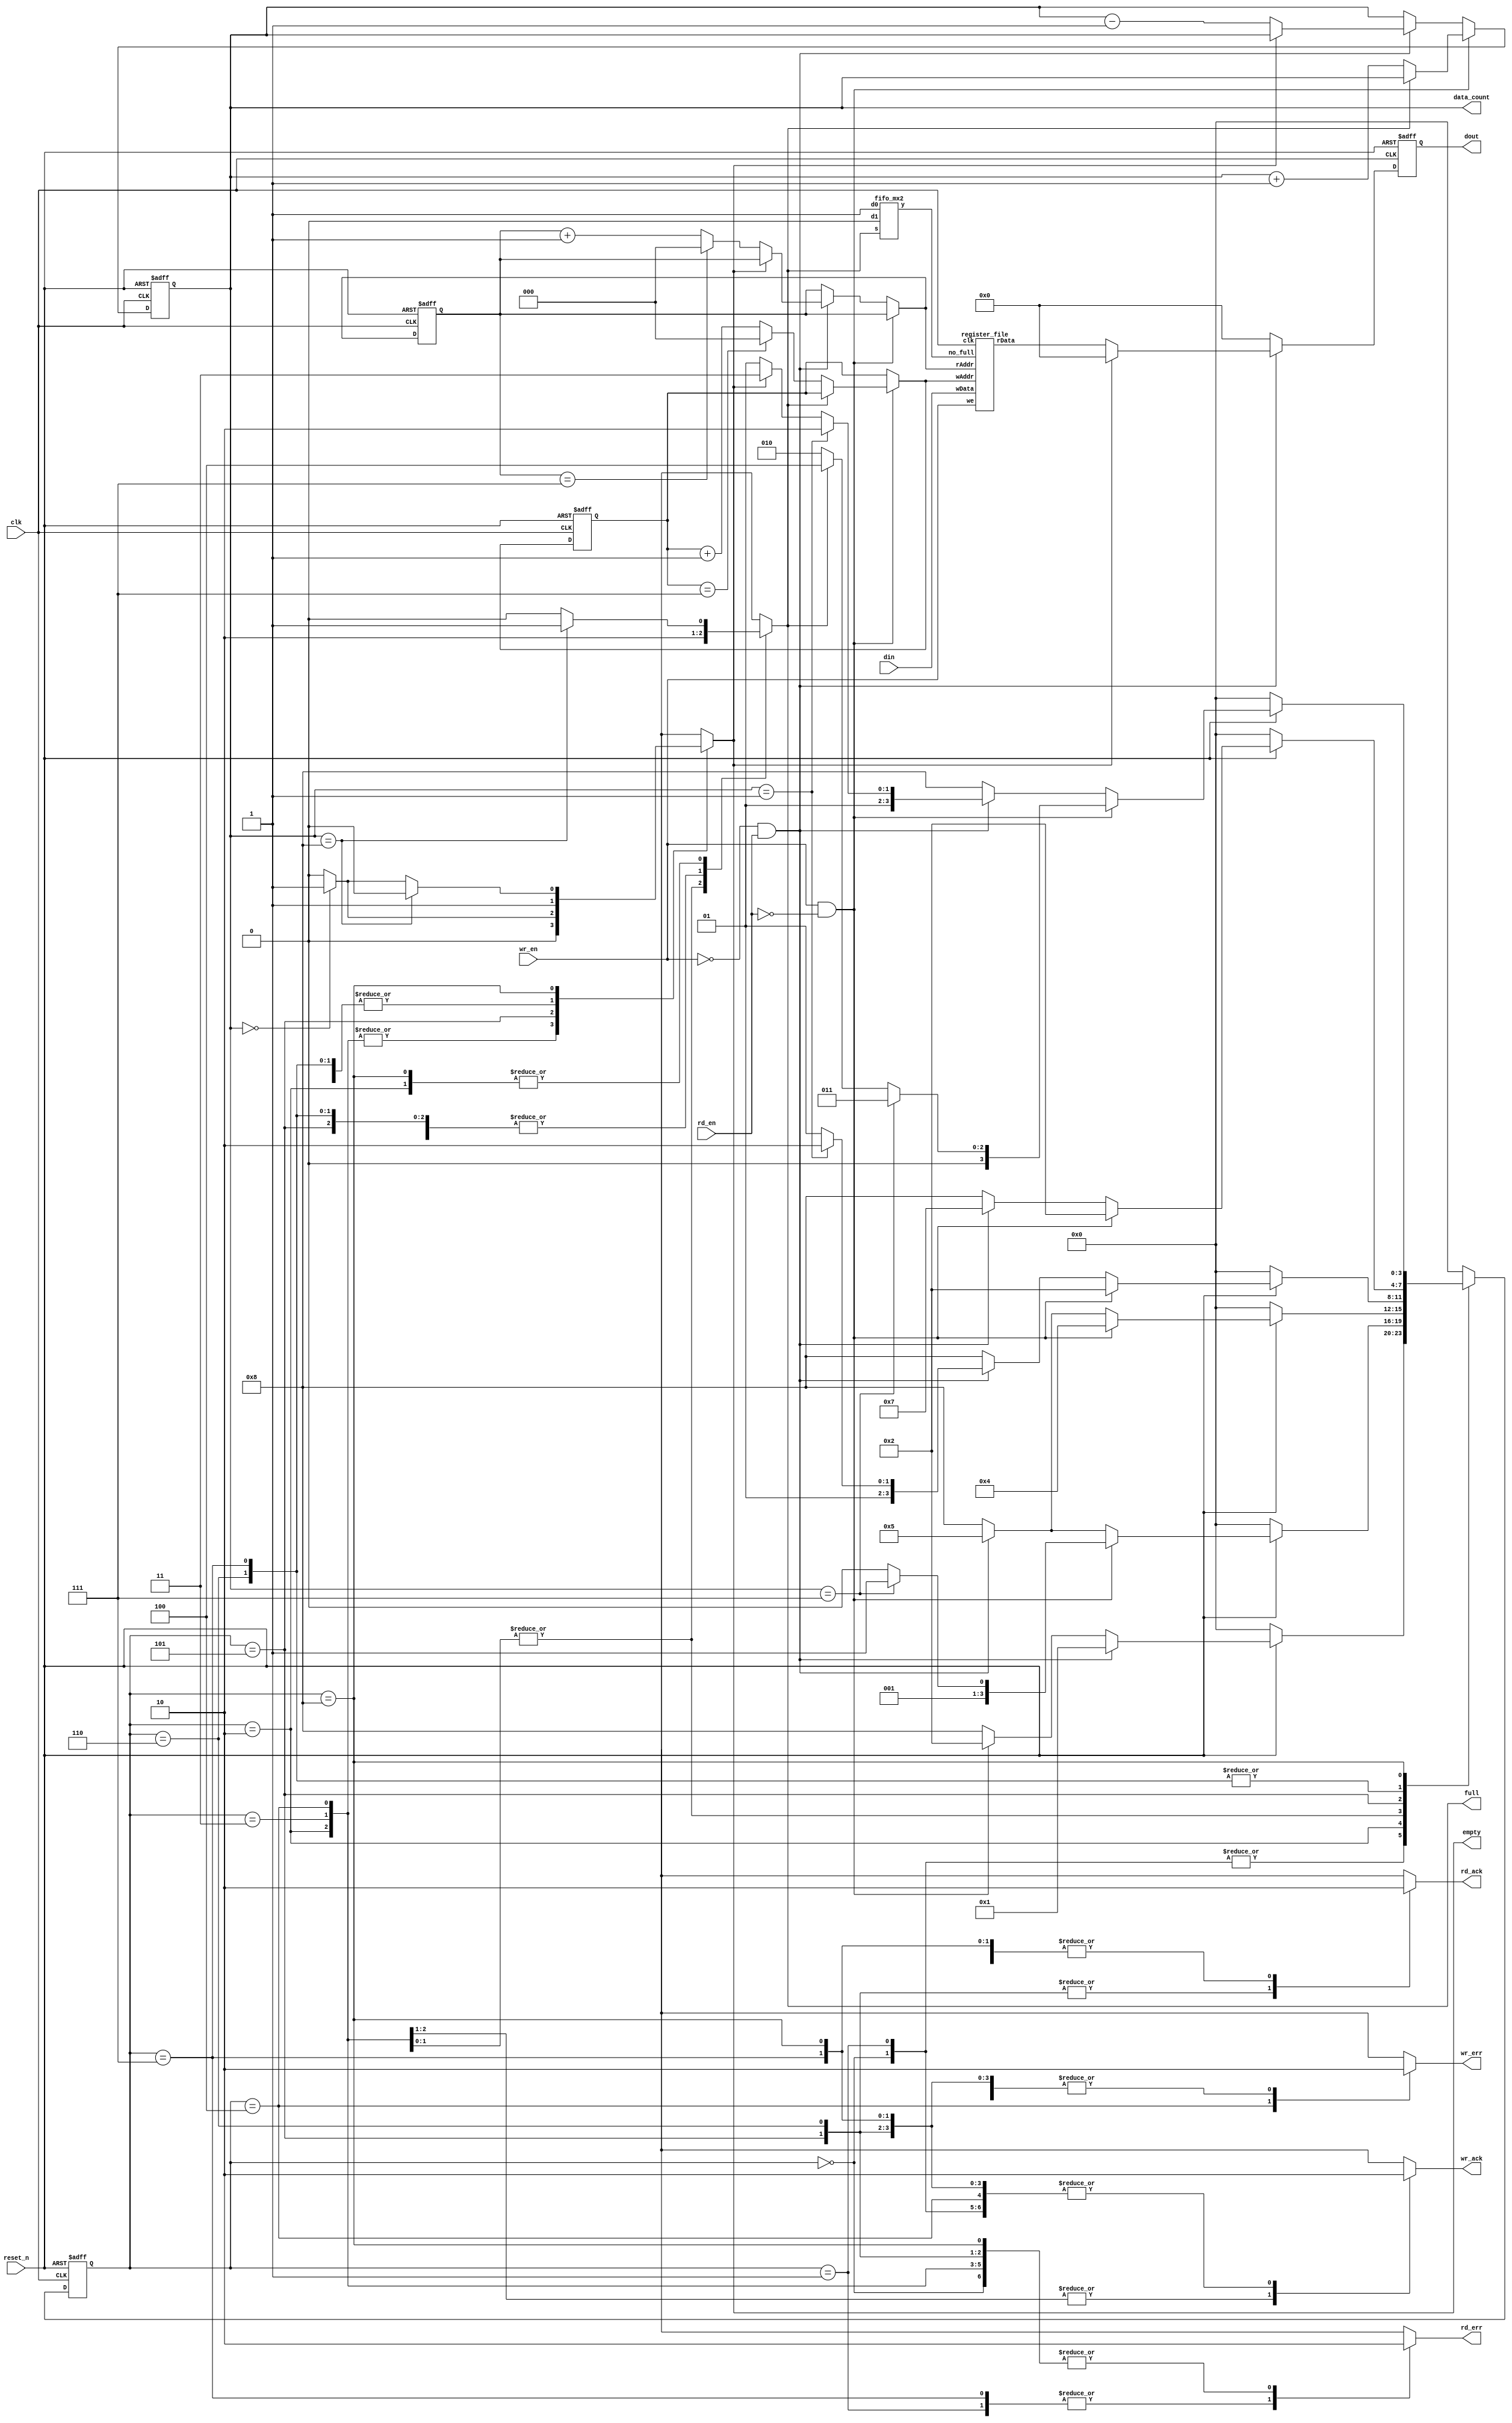
module fifo(clk, reset_n, wr_en, rd_en, din, dout, data_count, full, empty, wr_ack, wr_err, rd_ack, rd_err);
	input 				clk, reset_n, wr_en, rd_en;
	input			[7:0]	din;
	output reg	[7:0]	dout;
	output reg	[3:0]	data_count;
	output reg			full, empty, wr_ack, wr_err, rd_ack, rd_err;
	
	reg			[3:0] fifo_STATE;										// fifo_STATE
	reg			[3:0]	NEXT_fifo_STATE;								// NEXT_fifo_STATE
	

	reg 			[2:0]	head; // Pointer for nextf read
	reg 			[2:0]	tail; // Pointer for next write
	
	reg			[2:0]	NEXT_head;
	reg			[2:0]	NEXT_tail;
	reg			[3:0]	NEXT_data_count;
	reg			[7:0]	NEXT_dout;

	parameter	fifo_INIT_STATE				= 4'b0000;
	parameter	fifo_INIT_READ_ERR_STATE 	= 4'b0001;
	parameter	fifo_WRITE_STATE 				= 4'b0010;
	parameter	fifo_FULL_STATE 				= 4'b0011;
	parameter	fifo_WRITE_ERR_STATE  		= 4'b0100;
	
	parameter	fifo_READ_STATE				= 4'b0101;
	parameter	fifo_EMPTY_STATE				= 4'b0110;
	parameter	fifo_READ_ERR_STATE			= 4'b0111;
	parameter	fifo_NOP_STATE					= 4'b1000;
	
	wire			[7:0]	reg_r_out;		//     .
	wire					we_w;
	
	// instance .
	register_file	U0_register_file(.clk(clk), .wAddr(NEXT_tail), .wData(din), .we(wr_en), .no_full(we_w), .rAddr(NEXT_head), .rData(reg_r_out));
	fifo_mx2				  U0_rf_mx_we(1'b1, 1'b0, full, we_w);

	//---------------------------------------------------------------------------------	

	// Sequential Circuit - data_count , tail, head	
	always @ (posedge clk or negedge reset_n)
	begin
	if(reset_n==1'b0)												// reset_n 
		begin
			data_count	<= 4'b0000;
			tail 			<= 3'b000;
			head 			<= 3'b000;
		end
	else 
		begin
			data_count	<= NEXT_data_count;
			tail 			<= NEXT_tail;
			head 			<= NEXT_head;
		end
	end
	
	//---------------------------------------------------------------------------------
	
	// Combinational Logic - (data_count, tail, head)
		always @ (fifo_STATE or wr_en or rd_en or full or empty or tail or head or data_count)
	begin
				if((wr_en==1'b1) && (rd_en==1'b0))
					begin
						if(full == 1'b1)
							begin
								NEXT_data_count 	<= data_count;
								NEXT_head 		 	<= head;
								NEXT_tail		 	<= tail;
							end						
						else
							begin
								NEXT_data_count 	<= data_count + 4'b0001;
								NEXT_head 			<= head;
								if(tail == 3'b111)
									NEXT_tail 		<= 3'b000;
								else
									NEXT_tail 		<= tail + 3'b001;
							end
					end
				else if((wr_en==1'b0) && (rd_en==1'b1))
					begin
						if(empty == 1'b1)
							begin
								NEXT_data_count 	<= data_count;
								NEXT_tail 		 	<= tail;
								NEXT_head 		 	<= head;
							end
						else
							begin
								NEXT_data_count 	<= data_count - 4'b0001;
								NEXT_tail 		 	<= tail;
								if(head == 3'b111)
									NEXT_head 		<= 3'b000;
								else
									NEXT_head 	 	<= head + 3'b001;
							end
					end
				else if((wr_en==1'b0) && (rd_en==1'b0))
					begin
								NEXT_data_count	<= data_count;
								NEXT_tail			<= tail;
								NEXT_head			<= head;					
					end
				else
					begin
								NEXT_data_count	<= data_count;
								NEXT_tail			<= tail;
								NEXT_head			<= head;						
					end
	end
	
	
	//---------------------------------------------------------------------------------	
	
	// Sequential Circuit - fifo_STATE
	always @ (posedge clk or negedge reset_n)
	begin
		if(reset_n == 1'b0) 		fifo_STATE <= fifo_INIT_STATE;
		else							fifo_STATE <= NEXT_fifo_STATE;
	end

	//---------------------------------------------------------------------------------
	
	// Combinational Logic - (NEXT_fifo_STATE)
	always @ (fifo_STATE or reset_n or rd_en or wr_en or full or empty or data_count )
	begin
	case(fifo_STATE)
	
	fifo_INIT_STATE:
		begin
			if(~reset_n) 													NEXT_fifo_STATE <= fifo_INIT_STATE;
			else
				begin
					if((wr_en==1'b0) && (rd_en==1'b1))				NEXT_fifo_STATE <= fifo_INIT_READ_ERR_STATE;
					else if((wr_en==1'b1) && (rd_en==1'b0))		NEXT_fifo_STATE <= fifo_WRITE_STATE;
					else if((wr_en==1'b0) && (rd_en==1'b0))		NEXT_fifo_STATE <= fifo_NOP_STATE;
					else														NEXT_fifo_STATE <= fifo_NOP_STATE;
				end
		end
		
	fifo_INIT_READ_ERR_STATE:
		begin
			if(~reset_n) 													NEXT_fifo_STATE <= fifo_INIT_STATE;
			else
				begin
					if((wr_en==1'b0) && (rd_en==1'b1))				NEXT_fifo_STATE <= fifo_INIT_READ_ERR_STATE;
					else if((wr_en==1'b1) && (rd_en==1'b0))		NEXT_fifo_STATE <= fifo_WRITE_STATE;
					else if((wr_en==1'b0) && (rd_en==1'b0))		NEXT_fifo_STATE <= fifo_NOP_STATE;
					else														NEXT_fifo_STATE <= fifo_NOP_STATE;
				end
		end
		
	fifo_WRITE_STATE:
		begin
			if(~reset_n) 													NEXT_fifo_STATE <= fifo_INIT_STATE;
			else
				begin
					if((wr_en==1'b1) && (rd_en==1'b0)) 
					begin
						if(data_count == 4'b0111)						NEXT_fifo_STATE <= fifo_FULL_STATE;
						else													NEXT_fifo_STATE <= fifo_WRITE_STATE;
					end
					else if((wr_en==1'b0) && (rd_en==1'b1))		NEXT_fifo_STATE <= fifo_READ_STATE;
					else if((wr_en==1'b0) && (rd_en==1'b0))		NEXT_fifo_STATE <= fifo_NOP_STATE;
					else														NEXT_fifo_STATE <= fifo_NOP_STATE;
				end
		end
		
	fifo_FULL_STATE:
		begin
			if(~reset_n) 													NEXT_fifo_STATE <= fifo_INIT_STATE;
			else
				begin
					if((wr_en==1'b1) && (rd_en==1'b0))				NEXT_fifo_STATE <= fifo_WRITE_ERR_STATE;
					else if((wr_en==1'b0) && (rd_en==1'b1))	 	NEXT_fifo_STATE <= fifo_READ_STATE;
					else if((wr_en==1'b0) && (rd_en==1'b0))		NEXT_fifo_STATE <= fifo_NOP_STATE;
					else														NEXT_fifo_STATE <= fifo_NOP_STATE;
				end
		end
		
	fifo_WRITE_ERR_STATE:
		begin
			if(~reset_n)		 											NEXT_fifo_STATE <= fifo_INIT_STATE;
			else
				begin
					if((wr_en==1'b1) && (rd_en==1'b0))				NEXT_fifo_STATE <= fifo_WRITE_ERR_STATE;
					else if((wr_en==1'b0) && (rd_en==1'b1))	 	NEXT_fifo_STATE <= fifo_READ_STATE;
					else if((wr_en==1'b0) && (rd_en==1'b0))		NEXT_fifo_STATE <= fifo_NOP_STATE;
					else														NEXT_fifo_STATE <= fifo_NOP_STATE;
				end
		end
		
	fifo_READ_STATE:
		begin
			if(~reset_n) 													NEXT_fifo_STATE <= fifo_INIT_STATE;
			else
				begin
					if((wr_en==1'b1) && (rd_en==1'b0))				NEXT_fifo_STATE <= fifo_WRITE_STATE;
					else if((wr_en==1'b0) && (rd_en==1'b1))
					begin
						if(data_count == 4'b0001)						NEXT_fifo_STATE <= fifo_EMPTY_STATE;
						else													NEXT_fifo_STATE <= fifo_READ_STATE;
					end
					else if((wr_en==1'b0) && (rd_en==1'b0))		NEXT_fifo_STATE <= fifo_NOP_STATE;
					else														NEXT_fifo_STATE <= fifo_NOP_STATE;
				end

		end
		
	fifo_EMPTY_STATE:
		begin
			if(~reset_n) 													NEXT_fifo_STATE <= fifo_INIT_STATE;
			else
				begin
					if((wr_en==1'b1) && (rd_en==1'b0))				NEXT_fifo_STATE <= fifo_WRITE_STATE;
					else if((wr_en==1'b0) && (rd_en==1'b1))		NEXT_fifo_STATE <= fifo_READ_ERR_STATE;
					else if((wr_en==1'b0) && (rd_en==1'b0))		NEXT_fifo_STATE <= fifo_NOP_STATE;
					else														NEXT_fifo_STATE <= fifo_NOP_STATE;
				end
		end
		
	fifo_READ_ERR_STATE:
		begin
			if(~reset_n) 													NEXT_fifo_STATE <= fifo_INIT_STATE;
			else
			begin
					if((wr_en==1'b1) && (rd_en==1'b0))				NEXT_fifo_STATE <= fifo_WRITE_STATE;
					else if((wr_en==1'b0) && (rd_en==1'b1))		NEXT_fifo_STATE <= fifo_READ_ERR_STATE;
					else if((wr_en==1'b0) && (rd_en==1'b0))		NEXT_fifo_STATE <= fifo_NOP_STATE;
					else														NEXT_fifo_STATE <= fifo_NOP_STATE;
			end
		end
		
	fifo_NOP_STATE:
		begin
			if(~reset_n) 													NEXT_fifo_STATE <= fifo_INIT_STATE;
			else
				begin
					if((wr_en==1'b1) && (rd_en==1'b0))
					begin
						if(data_count==4'b0111)							NEXT_fifo_STATE <= fifo_FULL_STATE;		
						else if(full == 1'b1)							NEXT_fifo_STATE <= fifo_WRITE_ERR_STATE;
						else													NEXT_fifo_STATE <= fifo_WRITE_STATE;
					end
					else if((wr_en==1'b0) && (rd_en==1'b1))
					begin
						if(data_count==4'b0001)							NEXT_fifo_STATE <= fifo_EMPTY_STATE;
						else if(empty == 1'b1)							NEXT_fifo_STATE <= fifo_READ_ERR_STATE;
						else													NEXT_fifo_STATE <= fifo_READ_STATE;
					end
					else if((wr_en==1'b0) && (rd_en==1'b0))		NEXT_fifo_STATE <= fifo_NOP_STATE;
					else														NEXT_fifo_STATE <= fifo_NOP_STATE;					
				end
		end
		
	default:																	NEXT_fifo_STATE <= fifo_INIT_STATE;
	
	endcase
	end
	
	//---------------------------------------------------------------------------------	
	
	// Sequential Circuit - (dout)
	always @ (posedge clk or negedge reset_n)
	begin
		if(reset_n == 1'b0)
			dout <= 8'b0;
		else
			dout <= NEXT_dout;
	end

	//---------------------------------------------------------------------------------	
	
	// Combinational Logic - (NEXT_dout)
	always @ (wr_en or rd_en or reg_r_out or empty)
	begin
		if((wr_en == 1'b0) && (rd_en == 1'b1))
			begin
				if(empty == 1'b1)
					NEXT_dout	<= 8'b0;
				else
					NEXT_dout	<= reg_r_out;
			end
		else if((wr_en==1'b0) && (rd_en==1'b0))
					NEXT_dout	<= 8'b0;
		else
					NEXT_dout	<= 8'b0;
	end
	
	//---------------------------------------------------------------------------------	
	
	// Combinational Logic - Output Logic
	always @ (fifo_STATE or data_count)
	begin
		case(fifo_STATE)
		
		fifo_INIT_STATE : 
		begin
			full			<= 1'b0;
			empty			<= 1'b1;
			wr_ack		<= 1'b0;
			wr_err		<= 1'b0;
			rd_ack		<= 1'b0;
			rd_err		<= 1'b0;
		end
		
		fifo_INIT_READ_ERR_STATE:
		begin
			full			<= 1'b0;
			empty			<= 1'b1;
			wr_ack		<= 1'b0;
			wr_err		<= 1'b0;
			rd_ack		<= 1'b0;
			rd_err		<= 1'b1;
		end
		
		fifo_WRITE_STATE:
		begin
			empty			<= 1'b0;
			wr_ack		<= 1'b1;
			wr_err		<= 1'b0;
			rd_ack		<= 1'b0;
			rd_err		<= 1'b0;
			if(data_count == 4'b1000)
				full		<= 1'b1;
			else
				full		<= 1'b0;
		end
		
		fifo_FULL_STATE:
		begin
			full			<= 1'b1;
			empty			<= 1'b0;
			wr_ack		<= 1'b1;	
			wr_err		<= 1'b0;
			rd_ack		<= 1'b0;
			rd_err		<= 1'b0;
		end
		
		fifo_WRITE_ERR_STATE:
		begin
			full			<= 1'b1;
			empty			<= 1'b0;		
			wr_ack		<= 1'b0;
			wr_err		<= 1'b1;
			rd_ack		<= 1'b0;
			rd_err		<= 1'b0;
		end
		
		fifo_READ_STATE:
		begin
			full			<= 1'b0;
			wr_ack		<= 1'b0;
			wr_err		<= 1'b0;
			rd_ack		<= 1'b1;
			rd_err		<= 1'b0;
			if(data_count == 4'b0000)
				empty		<= 1'b1;
			else
				empty		<= 1'b0;
		end
		
		fifo_EMPTY_STATE:
		begin
			full			<= 1'b0;
			empty			<= 1'b1;
			wr_ack		<= 1'b0;
			wr_err		<= 1'b0;
			rd_ack		<= 1'b1;
			rd_err		<= 1'b0;
		end
		
		fifo_READ_ERR_STATE:
		begin			
			full			<= 1'b0;
			empty			<= 1'b1;
			wr_ack		<= 1'b0;
			wr_err		<= 1'b0;
			rd_ack		<= 1'b0;
			rd_err		<= 1'b1;
		end
	
		fifo_NOP_STATE:
		begin
			wr_ack		<= 1'b0;
			wr_err		<= 1'b0;
			rd_ack		<= 1'b0;
			rd_err		<= 1'b0;
			if(data_count == 4'b1000)
				begin
				full		<= 1'b1;
				empty		<= 1'b0;
				end
			else if(data_count == 4'b0000)
				begin
				full		<= 1'b0;
				empty		<= 1'b1;
				end
			else
				begin
				full		<= 1'b0;
				empty		<= 1'b0;						
				end
		end
		default:
		begin
			full			<= 1'bx;
			empty			<= 1'bx;
			wr_ack		<= 1'bx;
			wr_err		<= 1'bx;
			rd_ack		<= 1'bx;
			rd_err		<= 1'bx;
		end
		endcase
	end
	
endmodule
	
module	register_file(clk, wAddr, wData, we, no_full, rAddr, rData);
	input					clk;
	input			[2:0]	wAddr;			// = tail 
	input			[7:0]	wData;			// = din[7:0]
	input					we;
	input					no_full;
	input			[2:0]	rAddr;
	output reg	[7:0]	rData;
	
	reg			[7:0]	wDecoder;
	
	reg			[7:0]	reg0;
	reg			[7:0]	reg1;
	reg			[7:0]	reg2;
	reg			[7:0]	reg3;
	reg			[7:0]	reg4;
	reg			[7:0]	reg5;
	reg			[7:0]	reg6;
	reg			[7:0]	reg7;
	
	reg			[7:0]	NEXT_reg0;
	reg			[7:0]	NEXT_reg1;
	reg			[7:0]	NEXT_reg2;
	reg			[7:0]	NEXT_reg3;
	reg			[7:0]	NEXT_reg4;
	reg			[7:0]	NEXT_reg5;
	reg			[7:0]	NEXT_reg6;
	reg			[7:0]	NEXT_reg7;

	wire					we_w;

	always @ (wAddr)
	begin
	case(wAddr)						
	3'b000: wDecoder = 8'b00000001;	//	reg7
	3'b001: wDecoder = 8'b00000010;	//	reg0
	3'b010: wDecoder = 8'b00000100;	//	reg1
	3'b011: wDecoder = 8'b00001000;	//	reg2
	3'b100: wDecoder = 8'b00010000;	//	reg3
	3'b101: wDecoder = 8'b00100000;	//	reg4
	3'b110: wDecoder = 8'b01000000;	//	reg5
	3'b111: wDecoder = 8'b10000000;	//	reg6
	endcase							
	end
	
	//---------------------------------------------------------------------------------
	
	// Sequential Circuit - (reg)
	always @ (posedge clk)
	begin
		reg0 	<=		NEXT_reg0;
		reg1 	<=		NEXT_reg1;
		reg2 	<=		NEXT_reg2;
		reg3 	<=		NEXT_reg3;
		reg4 	<=		NEXT_reg4;
		reg5 	<=		NEXT_reg5;
		reg6 	<=		NEXT_reg6;
		reg7 	<=		NEXT_reg7;
	end
	
	//---------------------------------------------------------------------------------
	
	fifo_and1		U0_rf_we(we, no_full, we_w);
	// Combinational Logic - (NEXT_reg)
	always @ (wDecoder or we_w or wData or reg0 or reg1 or reg2 or reg3 or reg4 or reg5 or reg6 or reg7)
	begin
		if(we_w == 1'b1)
			begin
				if(wDecoder == 8'b00000001)
					begin
						NEXT_reg0 <= reg0;
						NEXT_reg1 <= reg1;
						NEXT_reg2 <= reg2;
						NEXT_reg3 <= reg3;
						NEXT_reg4 <= reg4;
						NEXT_reg5 <= reg5;
						NEXT_reg6 <= reg6;
						NEXT_reg7 <= wData;
					end
				else if(wDecoder == 8'b00000010)
					begin
						NEXT_reg0 <= wData;				
						NEXT_reg1 <= reg1;
						NEXT_reg2 <= reg2;
						NEXT_reg3 <= reg3;
						NEXT_reg4 <= reg4;
						NEXT_reg5 <= reg5;
						NEXT_reg6 <= reg6;
						NEXT_reg7 <= reg7;
					end
				else if(wDecoder == 8'b00000100)
					begin
						NEXT_reg0 <= reg0;
						NEXT_reg1 <= wData;				
						NEXT_reg2 <= reg2;
						NEXT_reg3 <= reg3;
						NEXT_reg4 <= reg4;
						NEXT_reg5 <= reg5;
						NEXT_reg6 <= reg6;
						NEXT_reg7 <= reg7;						
					end
				else if(wDecoder == 8'b00001000)
					begin
						NEXT_reg0 <= reg0;
						NEXT_reg1 <= reg1;
						NEXT_reg2 <= wData;
						NEXT_reg3 <= reg3;
						NEXT_reg4 <= reg4;
						NEXT_reg5 <= reg5;
						NEXT_reg6 <= reg6;
						NEXT_reg7 <= reg7;						
					end
				else if(wDecoder == 8'b00010000)
					begin
						NEXT_reg0 <= reg0;
						NEXT_reg1 <= reg1;
						NEXT_reg2 <= reg2;
						NEXT_reg3 <= wData;
						NEXT_reg4 <= reg4;
						NEXT_reg5 <= reg5;
						NEXT_reg6 <= reg6;
						NEXT_reg7 <= reg7;					
					end
				else if(wDecoder == 8'b00100000)
					begin
						NEXT_reg0 <= reg0;
						NEXT_reg1 <= reg1;
						NEXT_reg2 <= reg2;
						NEXT_reg3 <= reg3;
						NEXT_reg4 <= wData;						
						NEXT_reg5 <= reg5;
						NEXT_reg6 <= reg6;
						NEXT_reg7 <= reg7;						
					end
				else if(wDecoder == 8'b01000000)
					begin
						NEXT_reg0 <= reg0;
						NEXT_reg1 <= reg1;
						NEXT_reg2 <= reg2;
						NEXT_reg3 <= reg3;
						NEXT_reg4 <= reg4;
						NEXT_reg5 <= wData;						
						NEXT_reg6 <= reg6;
						NEXT_reg7 <= reg7;						
					end
				else if(wDecoder == 8'b10000000)
					begin
						NEXT_reg0 <= reg0;
						NEXT_reg1 <= reg1;
						NEXT_reg2 <= reg2;
						NEXT_reg3 <= reg3;
						NEXT_reg4 <= reg4;
						NEXT_reg5 <= reg5;
						NEXT_reg6 <= wData;						
						NEXT_reg7 <= reg7;		
					end
				else
					begin
						NEXT_reg0 <= reg0;
						NEXT_reg1 <= reg1;
						NEXT_reg2 <= reg2;
						NEXT_reg3 <= reg3;
						NEXT_reg4 <= reg4;
						NEXT_reg5 <= reg5;
						NEXT_reg6 <= reg6;
						NEXT_reg7 <= reg7;
					end
			end
		else
			begin
						NEXT_reg0 <= reg0;
						NEXT_reg1 <= reg1;
						NEXT_reg2 <= reg2;
						NEXT_reg3 <= reg3;
						NEXT_reg4 <= reg4;
						NEXT_reg5 <= reg5;
						NEXT_reg6 <= reg6;
						NEXT_reg7 <= reg7;			
			end
	end

	//---------------------------------------------------------------------------------
	
	// Combinational Logic - (rData.)	
	always @ (rAddr or reg0 or reg1 or reg2 or reg3 or reg4 or reg5 or reg6 or reg7)
	begin
		if(rAddr == 3'b001)
			rData	<= reg0;
		else if(rAddr == 3'b010)
			rData <= reg1;
		else if(rAddr == 3'b011)
			rData <= reg2;
		else if(rAddr == 3'b100)
			rData <= reg3;
		else if(rAddr == 3'b101)
			rData	<= reg4;
		else if(rAddr == 3'b110)
			rData <= reg5;
		else if(rAddr == 3'b111)
			rData <= reg6;
		else if(rAddr == 3'b000)
			rData <= reg7;
		else
			rData <= 8'b0;
	end
	
endmodule
module	fifo_mx2(d0, d1, s, y);
	input		d0, d1, s;
	output	y;
	assign	y = (s == 0) ? d0 : d1;
endmodule
module	fifo_and1(a, b, y);
	input		a, b;
	output	y;
	assign	y = a & b;
endmodule